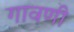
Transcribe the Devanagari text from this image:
गावणी